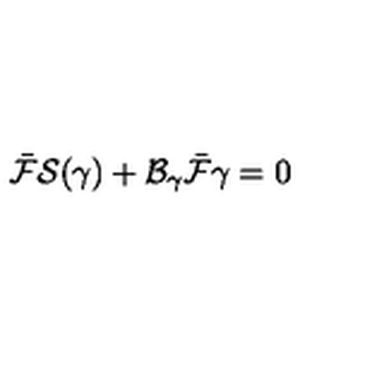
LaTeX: \bar { \cal F } { \cal S } ( \gamma ) + { \cal B } _ { \gamma } \bar { \cal F } \gamma = 0